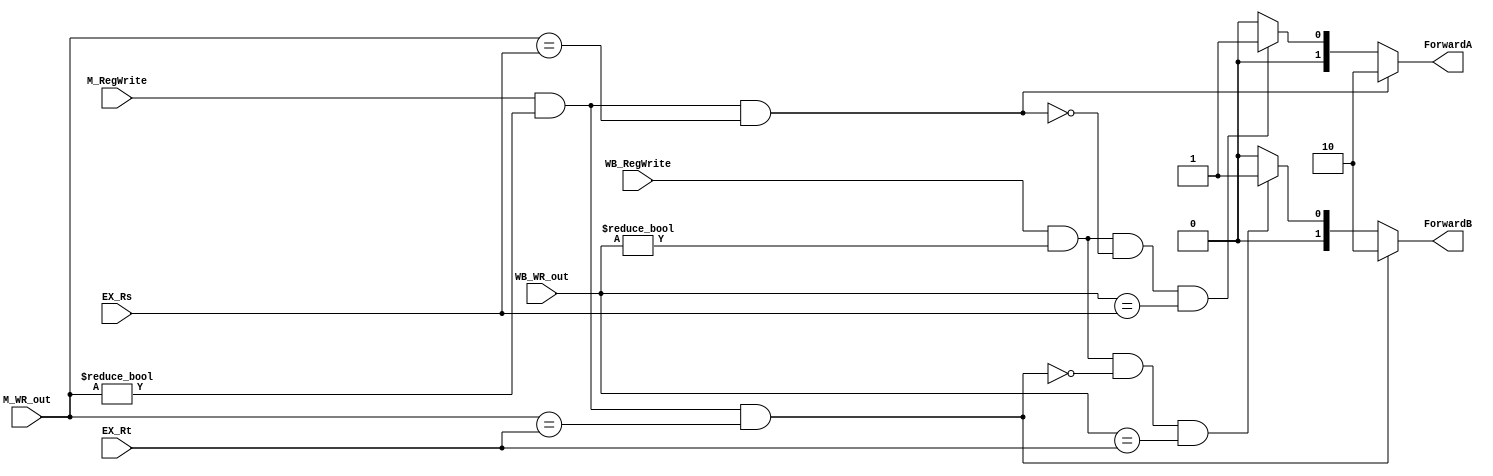
// Forwarding Unit

module FU ( // input 
			EX_Rs,
            EX_Rt,
			M_RegWrite,
			M_WR_out,
			WB_RegWrite,
			WB_WR_out,
			// output
			ForwardA,
			ForwardB			
			);

	input [4:0] EX_Rs;
    input [4:0] EX_Rt;
    input M_RegWrite;
    input [4:0] M_WR_out;//Mem.RegisterRd
    input WB_RegWrite;
    input [4:0] WB_WR_out;//WB.RegisterRd
	
	output reg [1:0] ForwardA;
	output reg [1:0] ForwardB; 
	
	initial begin 
		ForwardA=0;
		ForwardB=0; 
	end
	
	//ForwardA ,check if Rs==Rd
	always @(*) begin	
		if(M_RegWrite&&(M_WR_out!=0)&&(M_WR_out == EX_Rs))begin
			ForwardA <=2'b10;//Forward from MEM stage
		end
		else if(WB_RegWrite && (WB_WR_out!=0) && !(M_RegWrite&&(M_WR_out!=0)&&(M_WR_out==EX_Rs)) && (WB_WR_out == EX_Rs))begin
			ForwardA <=2'b01;//Forward from WB stage
		end
		else begin
			ForwardA <=2'b00;//No Forward
		end		
	end
	
	//ForwardB,,check if Rt==Rd 
	always @(*) begin	
		if(M_RegWrite&&(M_WR_out!=0)&&(M_WR_out == EX_Rt))begin
			ForwardB <=2'b10;//Forward from MEM stage
		end
		else if(WB_RegWrite&&(WB_WR_out!=0)&& !(M_RegWrite&&(M_WR_out!=0)&&(M_WR_out == EX_Rt)) && (WB_WR_out == EX_Rt))begin
			ForwardB <=2'b01;//Forward from WB stage
		end
		else begin
			ForwardB <=2'b00;//No Forward
		end		
	end
	
endmodule